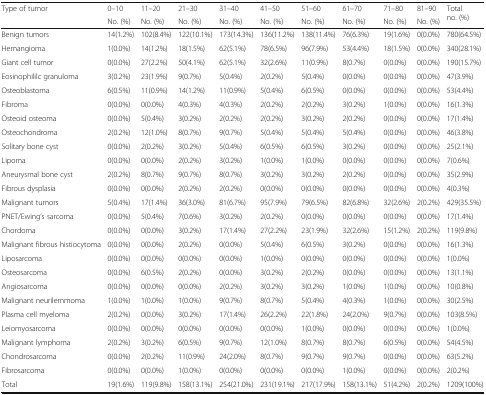
<table><thead><tr><td rowspan="2"><b>Type of tumor</b></td><td><b>0–10</b></td><td><b>11–20</b></td><td><b>21–30</b></td><td><b>31–40</b></td><td><b>41–50</b></td><td><b>51–60</b></td><td><b>61–70</b></td><td><b>71–80</b></td><td><b>81–90</b></td><td rowspan="2"><b>Total no. (%)</b></td></tr><tr><td><b>No. (%)</b></td><td><b>No. (%)</b></td><td><b>No. (%)</b></td><td><b>No. (%)</b></td><td><b>No. (%)</b></td><td><b>No. (%)</b></td><td><b>No. (%)</b></td><td><b>No. (%)</b></td><td><b>No. (%)</b></td></tr></thead><tbody><tr><td>Benign tumors</td><td>14(1.2%)</td><td>102(8.4%)</td><td>122(10.1%)</td><td>173(14.3%)</td><td>136(11.2%)</td><td>138(11.4%)</td><td>76(6.3%)</td><td>19(1.6%)</td><td>0(0.0%)</td><td>780(64.5%)</td></tr><tr><td>Hemangioma</td><td>1(0.0%)</td><td>14(1.2%)</td><td>18(1.5%)</td><td>62(5.1%)</td><td>78(6.5%)</td><td>96(7.9%)</td><td>53(4.4%)</td><td>18(1.5%)</td><td>0(0.0%)</td><td>340(28.1%)</td></tr><tr><td>Giant cell tumor</td><td>0(0.0%)</td><td>27(2.2%)</td><td>50(4.1%)</td><td>62(5.1%)</td><td>32(2.6%)</td><td>11(0.9%)</td><td>8(0.7%)</td><td>0(0.0%)</td><td>0(0.0%)</td><td>190(15.7%)</td></tr><tr><td>Eosinophililc granuloma</td><td>3(0.2%)</td><td>23(1.9%)</td><td>9(0.7%)</td><td>5(0.4%)</td><td>2(0.2%)</td><td>5(0.4%)</td><td>0(0.0%)</td><td>0(0.0%)</td><td>0(0.0%)</td><td>47(3.9%)</td></tr><tr><td>Osteoblastoma</td><td>6(0.5%)</td><td>11(0.9%)</td><td>14(1.2%)</td><td>11(0.9%)</td><td>5(0.4%)</td><td>6(0.5%)</td><td>0(0.0%)</td><td>0(0.0%)</td><td>0(0.0%)</td><td>53(4.4%)</td></tr><tr><td>Fibroma</td><td>0(0.0%)</td><td>0(0.0%)</td><td>4(0.3%)</td><td>4(0.3%)</td><td>2(0.2%)</td><td>2(0.2%)</td><td>3(0.2%)</td><td>1(0.0%)</td><td>0(0.0%)</td><td>16(1.3%)</td></tr><tr><td>Osteoid osteoma</td><td>0(0.0%)</td><td>5(0.4%)</td><td>3(0.2%)</td><td>2(0.2%)</td><td>2(0.2%)</td><td>3(0.2%)</td><td>2(0.2%)</td><td>0(0.0%)</td><td>0(0.0%)</td><td>17(1.4%)</td></tr><tr><td>Osteochondroma</td><td>2(0.2%)</td><td>12(1.0%)</td><td>8(0.7%)</td><td>9(0.7%)</td><td>5(0.4%)</td><td>5(0.4%)</td><td>5(0.4%)</td><td>0(0.0%)</td><td>0(0.0%)</td><td>46(3.8%)</td></tr><tr><td>Solitary bone cyst</td><td>0(0.0%)</td><td>2(0.2%)</td><td>3(0.2%)</td><td>5(0.4%)</td><td>6(0.5%)</td><td>6(0.5%)</td><td>3(0.2%)</td><td>0(0.0%)</td><td>0(0.0%)</td><td>25(2.1%)</td></tr><tr><td>Lipoma</td><td>0(0.0%)</td><td>0(0.0%)</td><td>2(0.2%)</td><td>3(0.2%)</td><td>1(0.0%)</td><td>1(0.0%)</td><td>0(0.0%)</td><td>0(0.0%)</td><td>0(0.0%)</td><td>7(0.6%)</td></tr><tr><td>Aneurysmal bone cyst</td><td>2(0.2%)</td><td>8(0.7%)</td><td>9(0.7%)</td><td>8(0.7%)</td><td>3(0.2%)</td><td>3(0.2%)</td><td>2(0.2%)</td><td>0(0.0%)</td><td>0(0.0%)</td><td>35(2.9%)</td></tr><tr><td>Fibrous dysplasia</td><td>0(0.0%)</td><td>0(0.0%)</td><td>2(0.2%)</td><td>2(0.2%)</td><td>0(0.0%)</td><td>0(0.0%)</td><td>0(0.0%)</td><td>0(0.0%)</td><td>0(0.0%)</td><td>4(0.3%)</td></tr><tr><td>Malignant tumors</td><td>5(0.4%)</td><td>17(1.4%)</td><td>36(3.0%)</td><td>81(6.7%)</td><td>95(7.9%)</td><td>79(6.5%)</td><td>82(6.8%)</td><td>32(2.6%)</td><td>2(0.2%)</td><td>429(35.5%)</td></tr><tr><td>PNET/Ewing’s sarcoma</td><td>0(0.0%)</td><td>5(0.4%)</td><td>7(0.6%)</td><td>3(0.2%)</td><td>2(0.2%)</td><td>0(0.0%)</td><td>0(0.0%)</td><td>0(0.0%)</td><td>0(0.0%)</td><td>17(1.4%)</td></tr><tr><td>Chordoma</td><td>0(0.0%)</td><td>0(0.0%)</td><td>3(0.2%)</td><td>17(1.4%)</td><td>27(2.2%)</td><td>23(1.9%)</td><td>32(2.6%)</td><td>15(1.2%)</td><td>2(0.2%)</td><td>119(9.8%)</td></tr><tr><td>Malignant fibrous histiocytoma</td><td>0(0.0%)</td><td>0(0.0%)</td><td>2(0.2%)</td><td>0(0.0%)</td><td>5(0.4%)</td><td>6(0.5%)</td><td>3(0.2%)</td><td>0(0.0%)</td><td>0(0.0%)</td><td>16(1.3%)</td></tr><tr><td>Liposarcoma</td><td>0(0.0%)</td><td>0(0.0%)</td><td>0(0.0%)</td><td>0(0.0%)</td><td>1(0.0%)</td><td>0(0.0%)</td><td>0(0.0%)</td><td>0(0.0%)</td><td>0(0.0%)</td><td>1(0.0%)</td></tr><tr><td>Osteosarcoma</td><td>0(0.0%)</td><td>6(0.5%)</td><td>2(0.2%)</td><td>0(0.0%)</td><td>3(0.2%)</td><td>2(0.2%)</td><td>0(0.0%)</td><td>0(0.0%)</td><td>0(0.0%)</td><td>13(1.1%)</td></tr><tr><td>Angiosarcoma</td><td>0(0.0%)</td><td>0(0.0%)</td><td>0(0.0%)</td><td>2(0.2%)</td><td>3(0.2%)</td><td>3(0.2%)</td><td>1(0.0%)</td><td>1(0.0%)</td><td>0(0.0%)</td><td>10(0.8%)</td></tr><tr><td>Malignant neurilemmoma</td><td>1(0.0%)</td><td>1(0.0%)</td><td>1(0.0%)</td><td>9(0.7%)</td><td>8(0.7%)</td><td>5(0.4%)</td><td>4(0.3%)</td><td>1(0.0%)</td><td>0(0.0%)</td><td>30(2.5%)</td></tr><tr><td>Plasma cell myeloma</td><td>2(0.2%)</td><td>0(0.0%)</td><td>3(0.2%)</td><td>17(1.4%)</td><td>26(2.2%)</td><td>22(1.8%)</td><td>24(2.0%)</td><td>9(0.7%)</td><td>0(0.0%)</td><td>103(8.5%)</td></tr><tr><td>Leiomyosarcoma</td><td>0(0.0%)</td><td>0(0.0%)</td><td>0(0.0%)</td><td>0(0.0%)</td><td>0(0.0%)</td><td>1(0.0%)</td><td>0(0.0%)</td><td>0(0.0%)</td><td>0(0.0%)</td><td>1(0.0%)</td></tr><tr><td>Malignant lymphoma</td><td>2(0.2%)</td><td>3(0.2%)</td><td>6(0.5%)</td><td>9(0.7%)</td><td>12(1.0%)</td><td>8(0.7%)</td><td>8(0.7%)</td><td>6(0.5%)</td><td>0(0.0%)</td><td>54(4.5%)</td></tr><tr><td>Chondrosarcoma</td><td>0(0.0%)</td><td>2(0.2%)</td><td>11(0.9%)</td><td>24(2.0%)</td><td>8(0.7%)</td><td>9(0.7%)</td><td>9(0.7%)</td><td>0(0.0%)</td><td>0(0.0%)</td><td>63(5.2%)</td></tr><tr><td>Fibrosarcoma</td><td>0(0.0%)</td><td>0(0.0%)</td><td>1(0.0%)</td><td>0(0.0%)</td><td>0(0.0%)</td><td>0(0.0%)</td><td>1(0.0%)</td><td>0(0.0%)</td><td>0(0.0%)</td><td>2(0.2%)</td></tr><tr><td>Total</td><td>19(1.6%)</td><td>119(9.8%)</td><td>158(13.1%)</td><td>254(21.0%)</td><td>231(19.1%)</td><td>217(17.9%)</td><td>158(13.1%)</td><td>51(4.2%)</td><td>2(0.2%)</td><td>1209(100%)</td></tr></tbody></table>